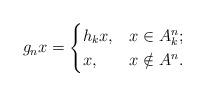
LaTeX: \begin{align*}g_nx = \begin{cases}h_kx, &x \in A^n_k; \\x, &x \notin A^n.\end{cases}\end{align*}